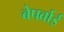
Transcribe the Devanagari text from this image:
बेपर्वाई